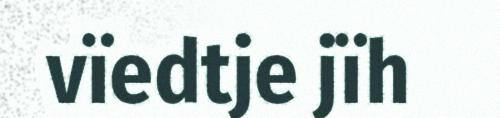
vïedtje jïh